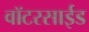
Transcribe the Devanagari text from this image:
वॉटरसाईड